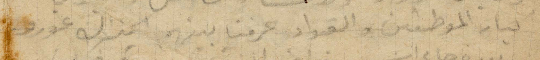
كبار الموظفين والقواد عرفنا بينهم الجنرال غورو